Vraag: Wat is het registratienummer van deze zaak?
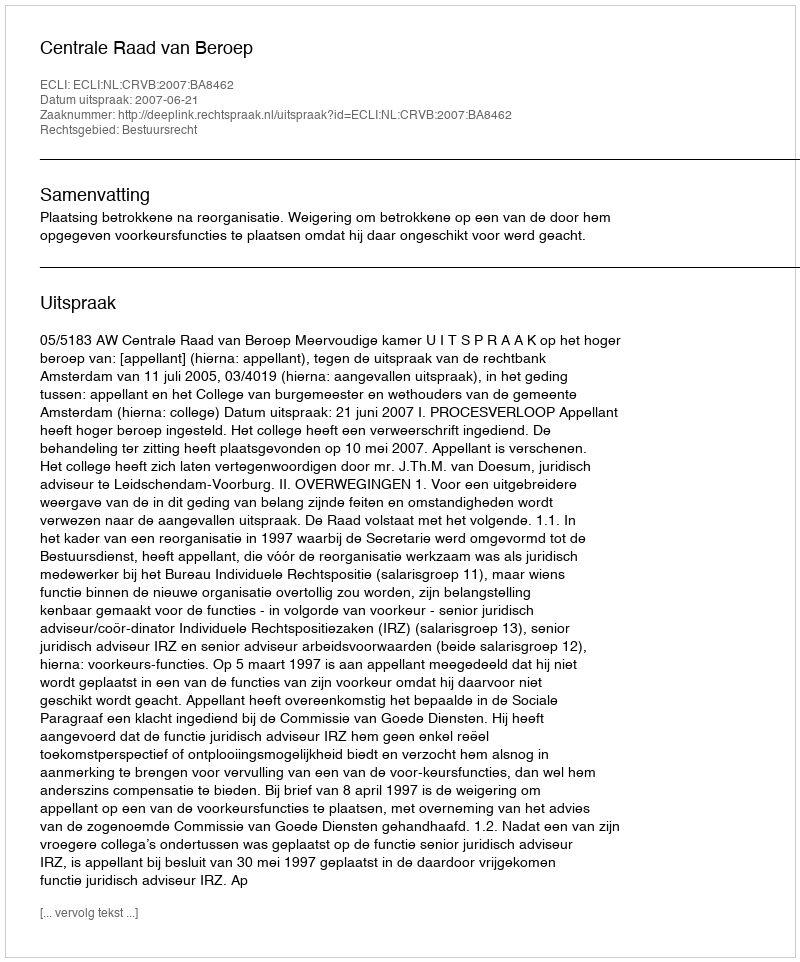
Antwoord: http://deeplink.rechtspraak.nl/uitspraak?id=ECLI:NL:CRVB:2007:BA8462